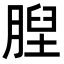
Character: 𦞆